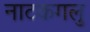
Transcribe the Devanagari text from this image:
नाटकगलु